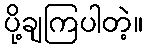
ပို့ချကြပါတဲ့။